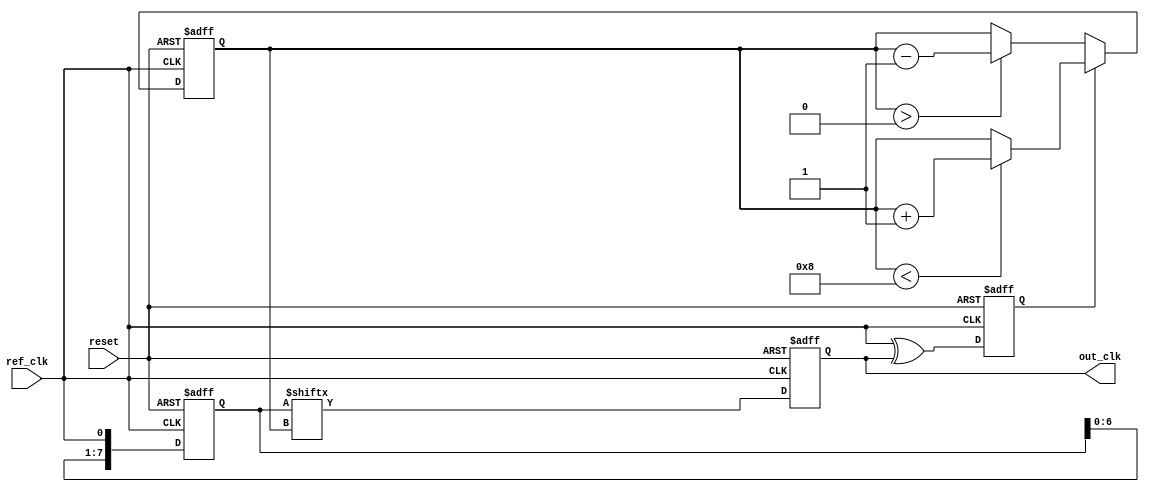
module dll (
    input wire ref_clk,          // Reference clock input
    input wire reset,           // Asynchronous reset
    output reg out_clk          // Output clock
);

    // Parameters
    parameter NUM_DELAY_BLOCKS = 8; // Number of delay blocks
    parameter DELAY_UNIT = 1;        // Delay unit (in clock cycles)

    // Internal signals
    reg [NUM_DELAY_BLOCKS-1:0] delay_enable; // Delay enable signals for each block
    reg [NUM_DELAY_BLOCKS-1:0] delay_line;    // Delay line storage
    reg phase_error;                        // Phase error signal
    reg [2:0] delay_count;                  // Counter for active delay blocks

    // Phase Detector
    always @(posedge ref_clk or posedge reset) begin
        if (reset) begin
            phase_error <= 0;
        end else begin
            // Simple phase detector logic (XOR for phase comparison)
            phase_error <= (ref_clk ^ out_clk);
        end
    end

    // Control Logic
    always @(posedge ref_clk or posedge reset) begin
        if (reset) begin
            delay_count <= 0;
            delay_enable <= 0;
        end else begin
            // Adjust delay based on phase error
            if (phase_error) begin
                if (delay_count < NUM_DELAY_BLOCKS) begin
                    delay_count <= delay_count + 1;
                end
            end else begin
                if (delay_count > 0) begin
                    delay_count <= delay_count - 1;
                end
            end

            // Enable delay blocks based on delay_count
            delay_enable <= (1 << delay_count) - 1;
        end
    end

    // Delay Line
    always @(posedge ref_clk or posedge reset) begin
        if (reset) begin
            delay_line <= 0;
        end else begin
            // Shift the delay line based on enabled blocks
            delay_line <= {delay_line[NUM_DELAY_BLOCKS-2:0], ref_clk};
        end
    end

    // Output Clock Buffer
    always @(posedge ref_clk or posedge reset) begin
        if (reset) begin
            out_clk <= 0;
        end else begin
            // Output clock is the delayed version of the reference clock
            out_clk <= delay_line[delay_count];
        end
    end

endmodule